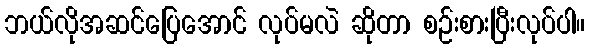
ဘယ်လိုအဆင်ပြေအောင် လုပ်မလဲ ဆိုတာ စဉ်းစားပြီးလုပ်ပါ။